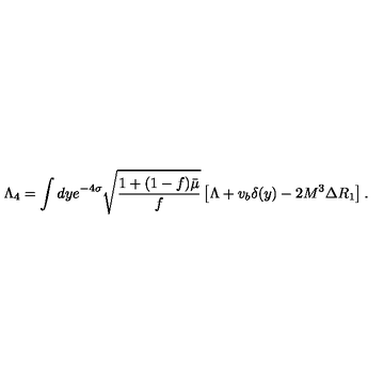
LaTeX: \Lambda _ { 4 } = \int d y e ^ { - 4 \sigma } \sqrt { \frac { 1 + ( 1 - f ) \bar { \mu } } { f } } \left[ \Lambda + v _ { b } \delta ( y ) - 2 M ^ { 3 } \Delta R _ { 1 } \right] .